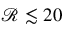
\mathcal { R } \lesssim 2 0